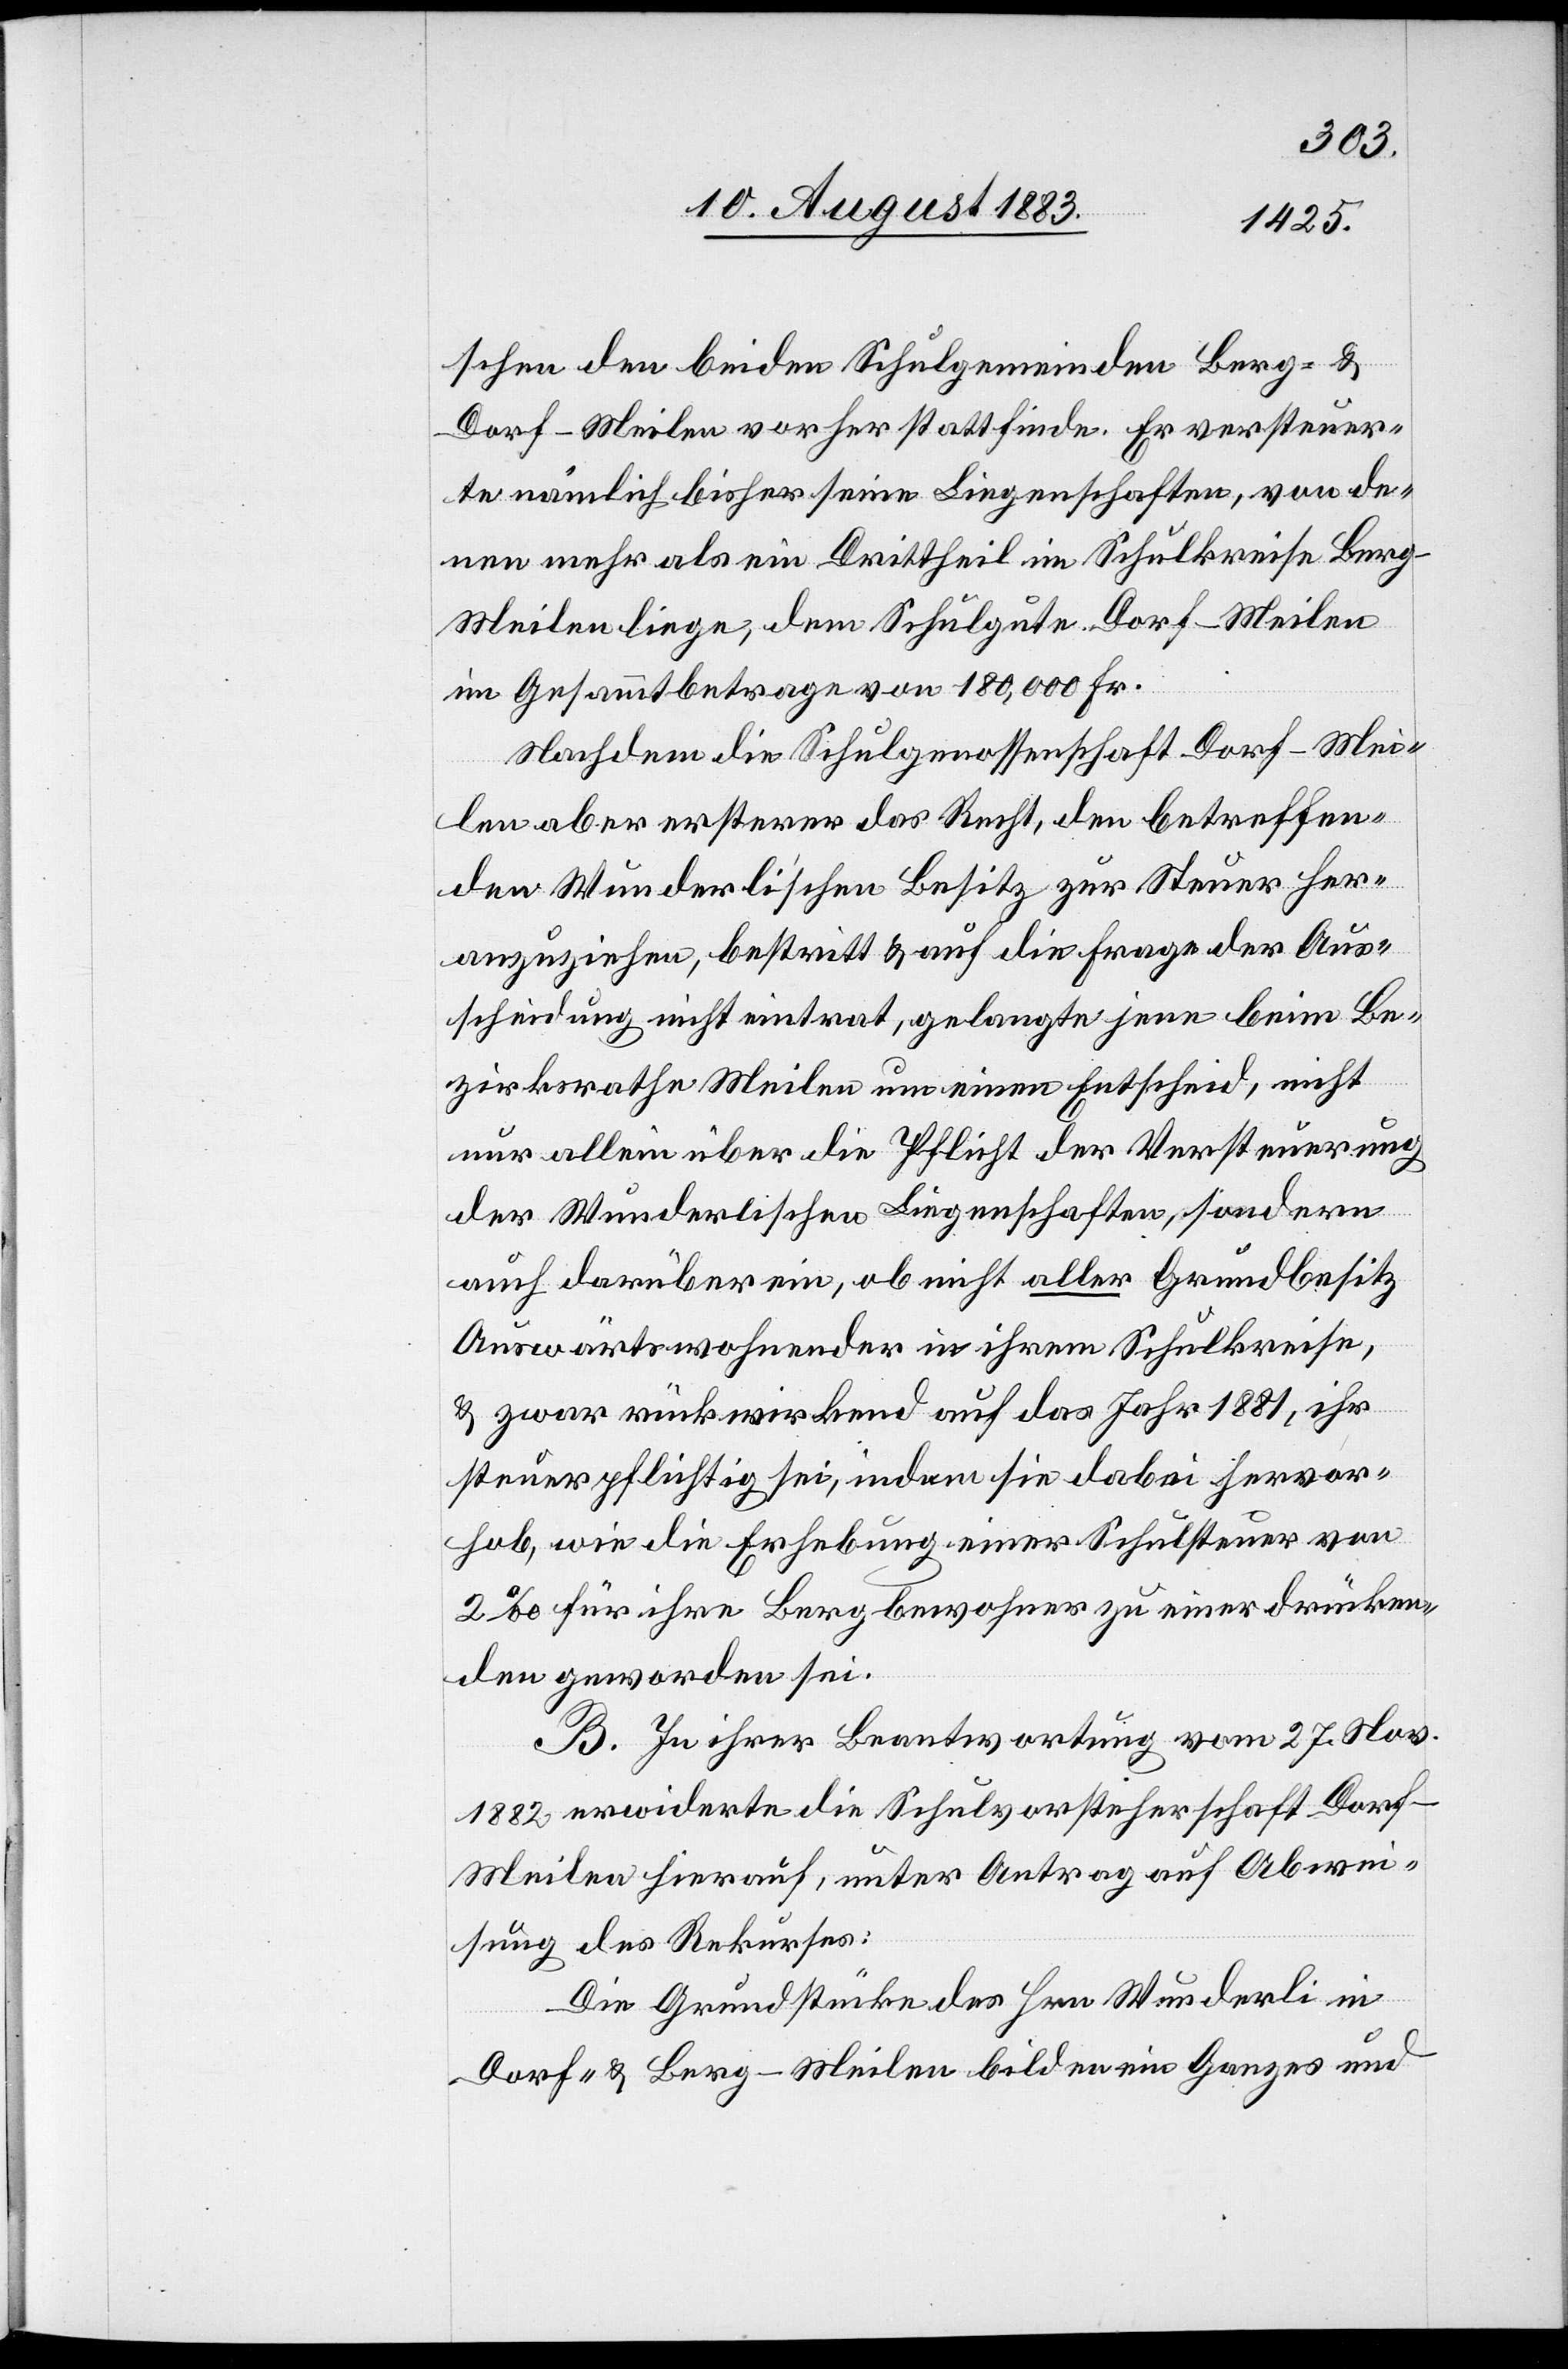
schen den beiden Schulgemeinden Berg - &
Dorf - Meilen vorher stattfinde. Er versteuer¬
te nämlich bisher seine Liegenschaften, von de¬
nen mehr als ein Drittheil im Schulkreise Berg
Meilen liege, dem Schulgute Dorf - Meilen
im Gesammtbetrage von 180,000 Fr.
Nachdem die Schulgenossenschaft Dorf - Mei¬
len aber ersterer das Recht, den betreffen¬
den Wunderschli’schen Besitz zur Steuer her¬
beizuziehen, bestritt & auf die Frage der Aus¬
scheidung nicht eintrat, gelangte jene beim Be¬
zirksrathe Meilen um einen Entscheid, nicht
nur allein über die Pflicht der Versteuerung
der Wunderlischen Liegenschaften, sondern
auch darüber, ob nicht aller Grundbesitz
Auswärtswohnender in ihrem Schulkreise,
& zwar rückwirkend auf das Jahr 1881, ihr
steuerpflichtig sei, indem sie dabei hervor¬
hob, wie die Erhebung einer Schulsteuer von
2‰ für ihre Bergbewohner zu einer drücken¬
den geworden sei.
B. In ihrer Beantwortung vom 27. Nov.
1882 erwiederte die Schulvorsteherschaft Dorf
Meilen hierauf, unter Antrag auf Abwei¬
sung des Rekurses:
Die Grundstücke des Hrn. Wunderli in
Dorf - & Berg - Meilen bilden ein Ganzes und